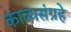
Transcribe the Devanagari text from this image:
काव्यसंग्रहे